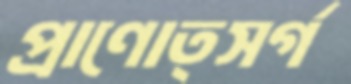
প্রাণোত্সর্গ